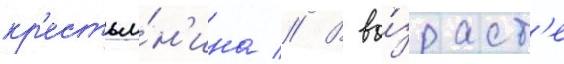
кр'естья́н'ина // В во́зраст'е